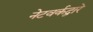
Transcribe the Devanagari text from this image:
नेटवर्कद्वारे